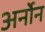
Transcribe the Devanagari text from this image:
अर्नोन